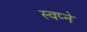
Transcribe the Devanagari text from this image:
स्वप्‍ने